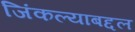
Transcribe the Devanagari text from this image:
जिंकल्याबद्दल